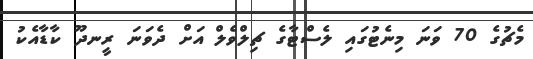
މެޗުގެ 70 ވަނަ މިނެޓުގައި ލެސްޓާގެ ޗިލްވެލް އަށް ދެވަނަ ރީނދޫ ކާޑާއެކު